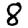
Digit: 8